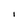
Character: I